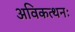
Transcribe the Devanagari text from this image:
अविकत्थनः